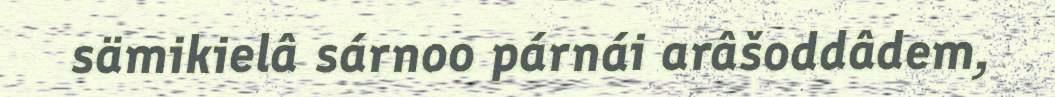
sämikielâ sárnoo párnái arâšoddâdem,